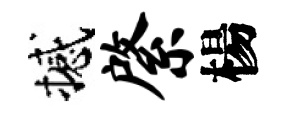
撼綮楊